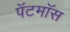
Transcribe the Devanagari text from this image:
पॅटमॉस